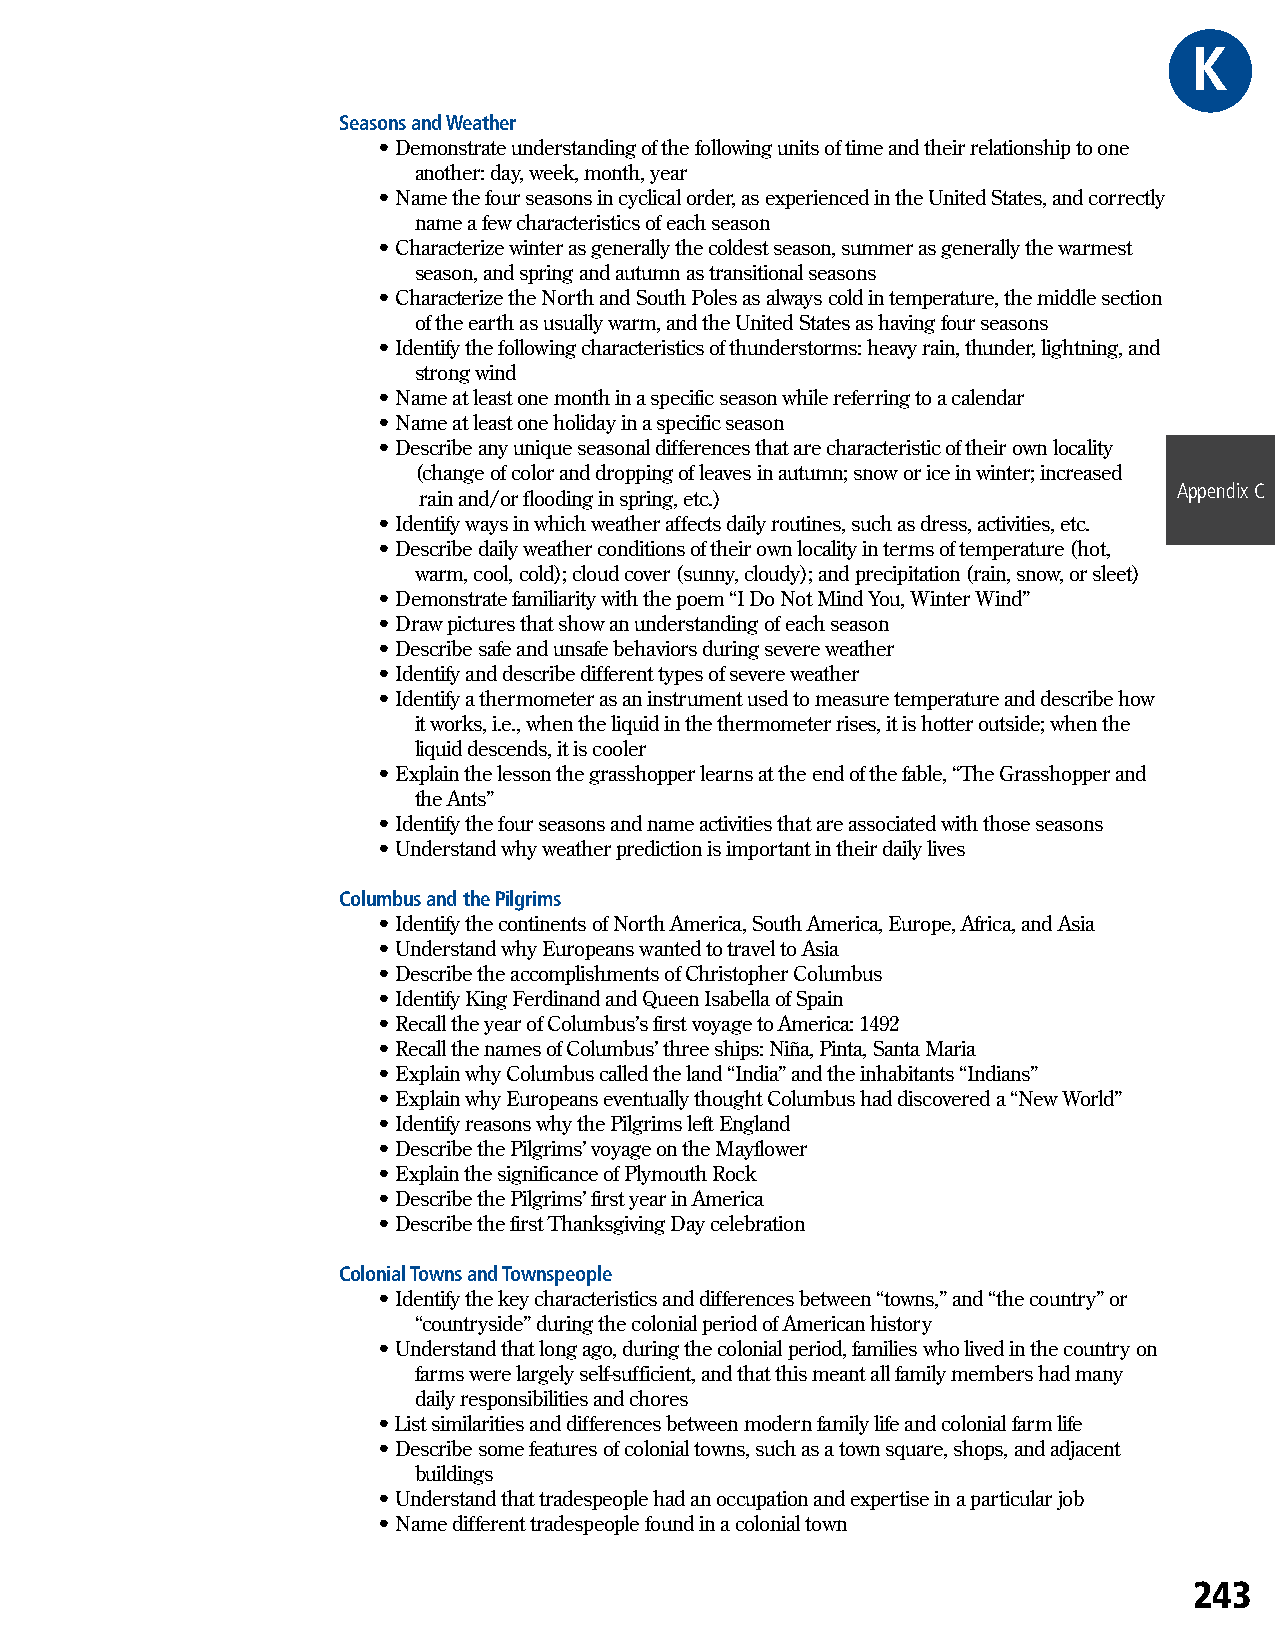
KGR
 Seasons and Weather
 • Demonstrate understanding of the following units of time and their relationship to one
 another: day, week, month, year
 • Name the four seasons in cyclical order, as experienced in the United States, and correctly
 name a few characteristics of each season
 • Characterize winter as generally the coldest season, summer as generally the warmest
 season, and spring and autumn as transitional seasons
 • Characterize the North and South Poles as always cold in temperature, the middle section
 of the earth as usually warm, and the United States as having four seasons
 • Identify the following characteristics of thunderstorms: heavy rain, thunder, lightning, and
 strong wind
 • Name at least one month in a specific season while referring to a calendar
 • Name at least one holiday in a specific season
 • Describe any unique seasonal differences that are characteristic of their own locality
 (change of color and dropping of leaves in autumn; snow or ice in winter; increased
 Appendix C
 rain and/or flooding in spring, etc.)
 • Identify ways in which weather affects daily routines, such as dress, activities, etc.
 • Describe daily weather conditions of their own locality in terms of temperature (hot,
 warm, cool, cold); cloud cover (sunny, cloudy); and precipitation (rain, snow, or sleet)
 • Demonstrate familiarity with the poem “I Do Not Mind You, Winter Wind”
 • Draw pictures that show an understanding of each season
 • Describe safe and unsafe behaviors during severe weather
 • Identify and describe different types of severe weather
 • Identify a thermometer as an instrument used to measure temperature and describe how
 it works, i.e., when the liquid in the thermometer rises, it is hotter outside; when the
 liquid descends, it is cooler
 • Explain the lesson the grasshopper learns at the end of the fable, “The Grasshopper and
 the Ants”
 • Identify the four seasons and name activities that are associated with those seasons
 • Understand why weather prediction is important in their daily lives
 Columbus and the Pilgrims
 • Identify the continents of North America, South America, Europe, Africa, and Asia
 • Understand why Europeans wanted to travel to Asia
 • Describe the accomplishments of Christopher Columbus
 • Identify King Ferdinand and Queen Isabella of Spain
 • Recall the year of Columbus’s first voyage to America: 1492
 • Recall the names of Columbus’ three ships: Niña, Pinta, Santa Maria
 • Explain why Columbus called the land “India” and the inhabitants “Indians”
 • Explain why Europeans eventually thought Columbus had discovered a “New World”
 • Identify reasons why the Pilgrims left England
 • Describe the Pilgrims’ voyage on the Mayflower
 • Explain the significance of Plymouth Rock
 • Describe the Pilgrims’ first year in America
 • Describe the first Thanksgiving Day celebration
 Colonial Towns and Townspeople
 • Identify the key characteristics and differences between “towns,” and “the country” or
 “countryside” during the colonial period of American history
 • Understand that long ago, during the colonial period, families who lived in the country on
 farms were largely self-sufficient, and that this meant all family members had many
 daily responsibilities and chores
 • List similarities and differences between modern family life and colonial farm life
 • Describe some features of colonial towns, such as a town square, shops, and adjacent
 buildings
 • Understand that tradespeople had an occupation and expertise in a particular job
 • Name different tradespeople found in a colonial town
 243